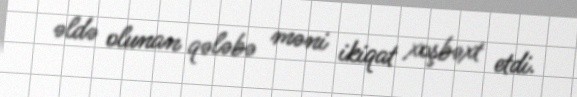
əldə olunan qələbə məni ikiqat xoşbəxt etdi.